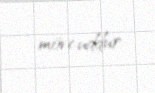
mövcuddur.